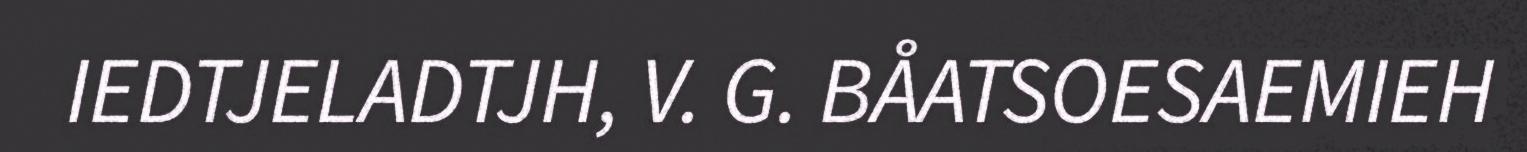
IEDTJELADTJH, V. G. BÅATSOESAEMIEH